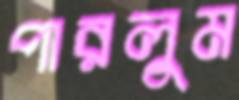
পারলুম